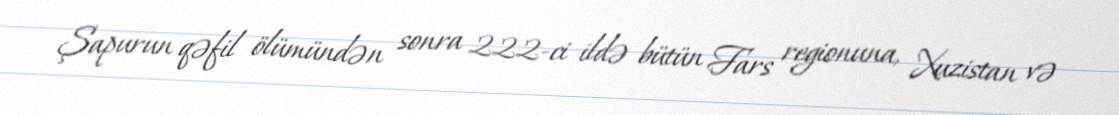
Şapurun qəfil ölümündən sonra 222-ci ildə bütün Fars regionuna, Xuzistan və